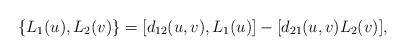
LaTeX: \begin{align*}\{L_1(u), L_2(v)\} = [d_{12}(u,v),L_1(u)]-[d_{21}(u,v)L_2(v)],\end{align*}